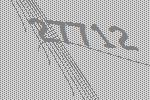
27712